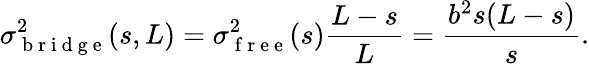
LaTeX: \sigma_{\mathrm{~b~r~i~d~g~e~}}^{2}(s,L)=\sigma_{\mathrm{~f~r~e~e~}}^{2}(s)\frac{L-s}{L}=\frac{b^{2}s(L-s)}{s}.